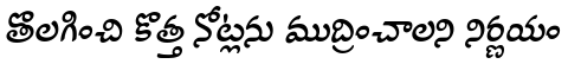
తొలగించి కొత్త నోట్లను ముద్రించాలని నిర్ణయం